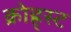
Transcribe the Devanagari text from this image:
क्रोह्र्स्ट